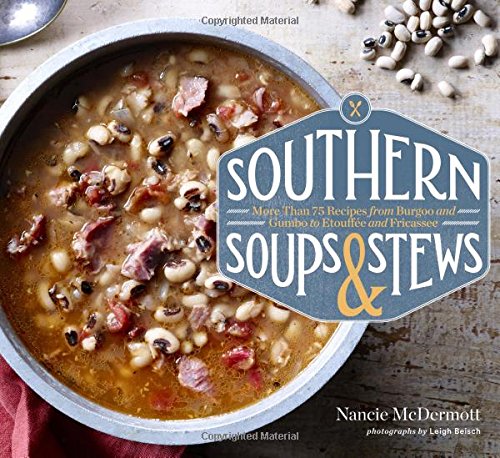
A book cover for Southern Soups & Stews: More Than 75 Recipes from Burgoo and Gumbo to EtouffÃ©e and Fricassee; Nancie McDermott; Cookbooks, Food & Wine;